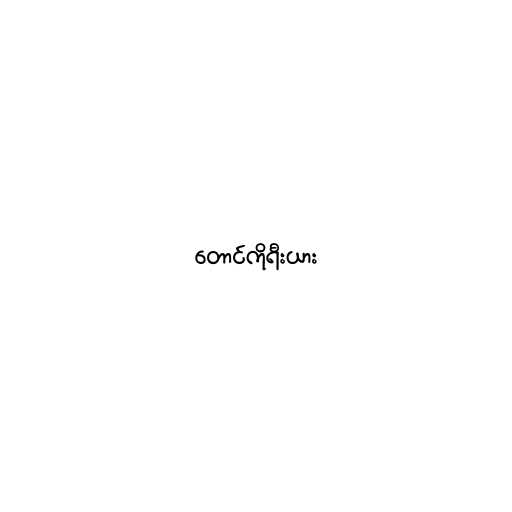
တောင်ကိုရီးယား